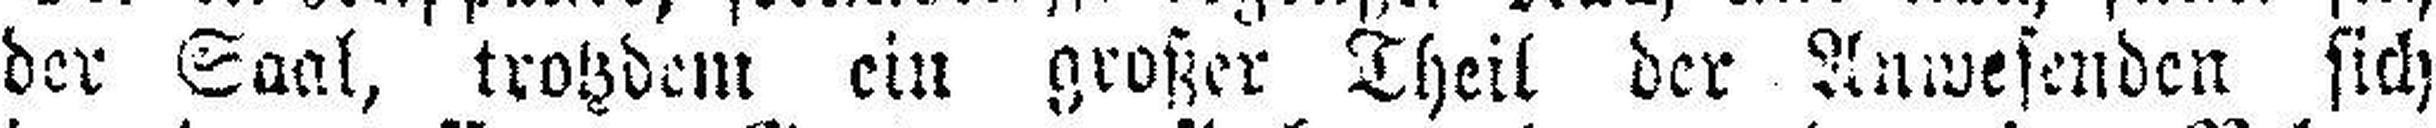
der Saal, trotzdem ein großer Theil der Anwesenden sich